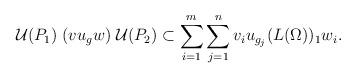
LaTeX: \begin{align*}\mathcal U(P_1)\;(vu_gw)\;\mathcal U(P_2)\subset\sum_{i=1}^m\sum_{j=1}^nv_iu_{g_j}(L(\Omega))_1w_i. \end{align*}